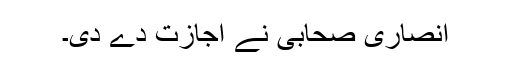
انصاری صحابی نے اجازت دے دی۔